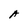
Character: A